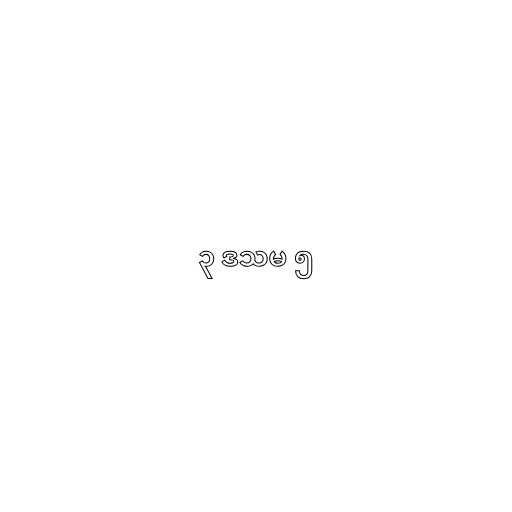
၃ ဒသမ ၅